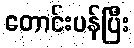
တောင်းပန်ပြီး